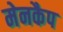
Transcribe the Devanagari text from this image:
मेनकैप